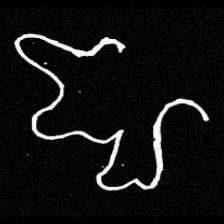
Pyu character \u2014 Myanmar letter: ဈ (romanized: jha)